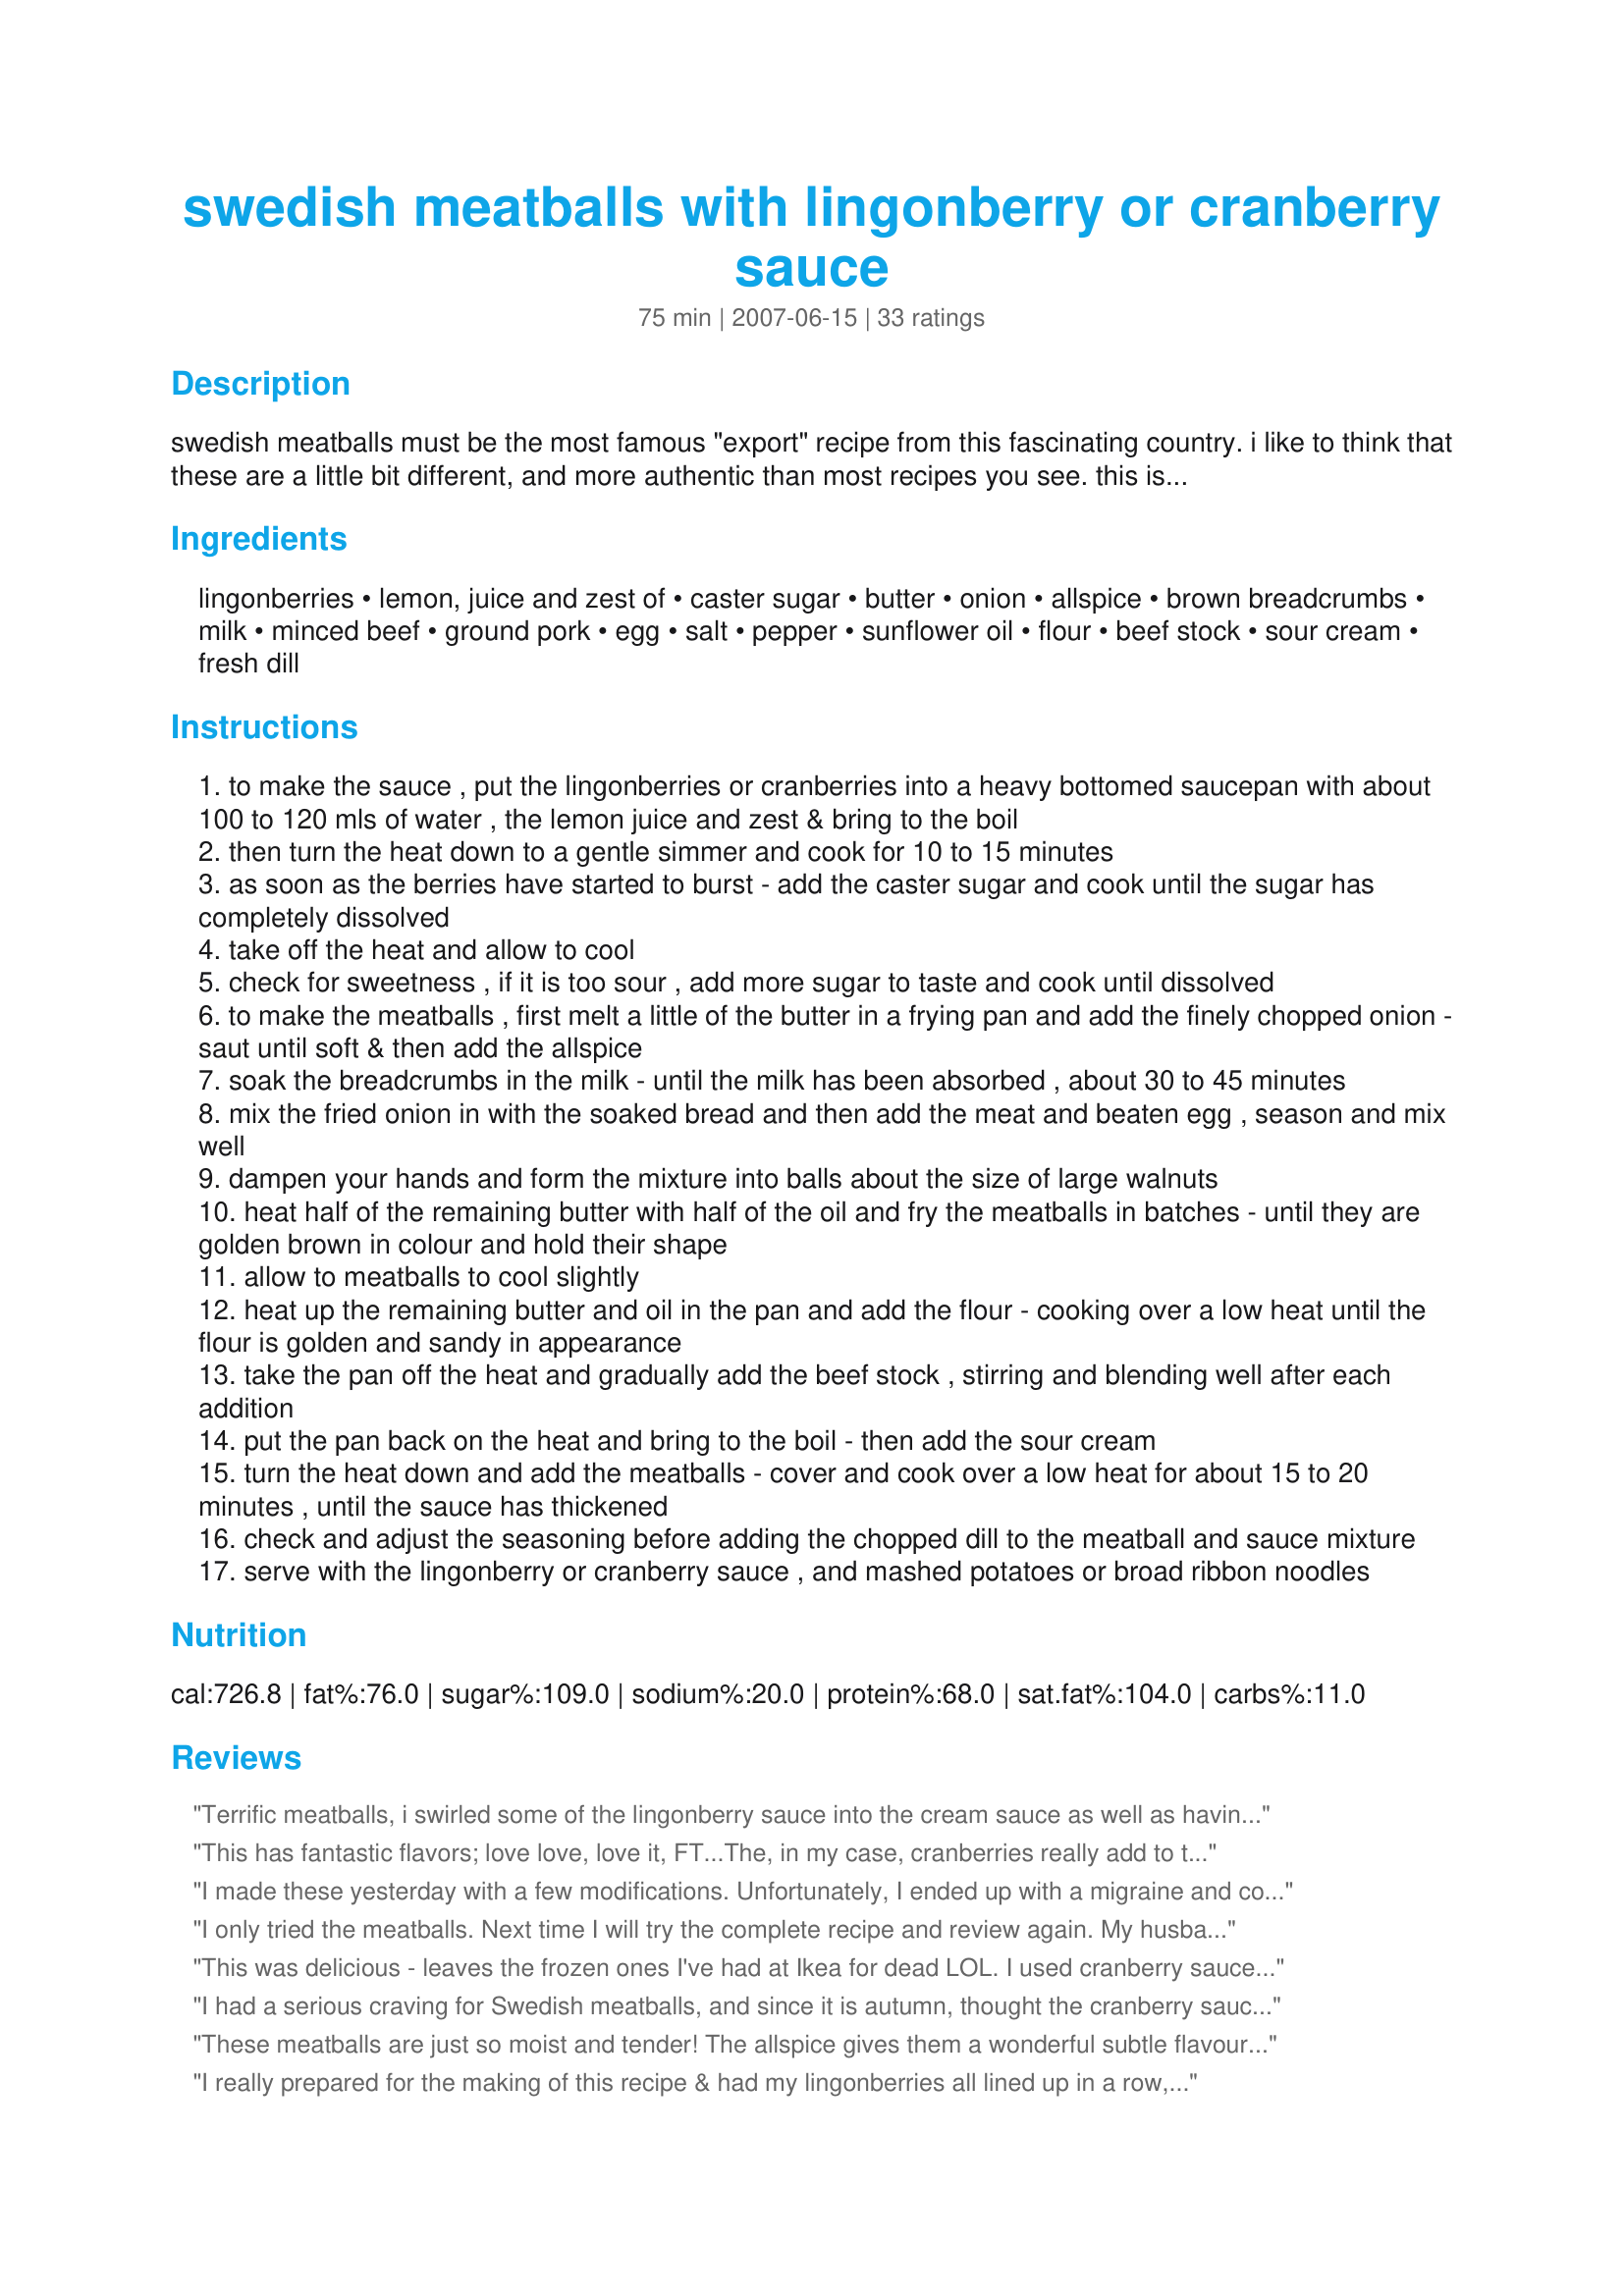
swedish meatballs with lingonberry or cranberry sauce
Preparation time: 75 minutes

swedish meatballs must be the most famous "export" recipe from this fascinating country. i like to think that these are a little bit different, and more authentic than most recipes you see. this is real swedish home cooking at its best - and if you can manage to get hold of lingonberries, you will notice a wonderful & very subtle difference; however, cranberries will do just as well. these meatballs are perfect served with piles of mashed potatoes or broad ribbon pasta.

Ingredients:
lingonberries, lemon, juice and zest of, caster sugar, butter, onion, allspice, brown breadcrumbs, milk, minced beef, ground pork, egg, salt, pepper, sunflower oil, flour, beef stock, sour cream, fresh dill

Steps:
to make the sauce , put the lingonberries or cranberries into a heavy bottomed saucepan with about 100 to 120 mls of water , the lemon juice and zest & bring to the boil
then turn the heat down to a gentle simmer and cook for 10 to 15 minutes
as soon as the berries have started to burst - add the caster sugar and cook until the sugar has completely dissolved
take off the heat and allow to cool
check for sweetness , if it is too sour , add more sugar to taste and cook until dissolved
to make the meatballs , first melt a little of the butter in a frying pan and add the finely chopped onion - saut until soft & then add the allspice
soak the breadcrumbs in the milk - until the milk has been absorbed , about 30 to 45 minutes
mix the fried onion in with the soaked bread and then add the meat and beaten egg , season and mix well
dampen your hands and form the mixture into balls about the size of large walnuts
heat half of the remaining butter with half of the oil and fry the meatballs in batches - until they are golden brown in colour and hold their shape
allow to meatballs to cool slightly
heat up the remaining butter and oil in the pan and add the flour - cooking over a low heat until the flour is golden and sandy in appearance
take the pan off the heat and gradually add the beef stock , stirring and blending well after each addition
put the pan back on the heat and bring to the boil - then add the sour cream
turn the heat down and add the meatballs - cover and cook over a low heat for about 15 to 20 minutes , until the sauce has thickened
check and adjust the seasoning before adding the chopped dill to the meatball and sauce mixture
serve with the lingonberry or cranberry sauce , and mashed potatoes or broad ribbon noodles

Reviews:
Terrific meatballs, i swirled some of the lingonberry sauce into the cream sauce as well as having it on the side. The meatballs were soo tender~
This has fantastic flavors; love love, love it, FT...The, in my case, cranberries really add to the dish. Excellent recipe!! Made for ZWT3.
I made these yesterday with a few modifications. Unfortunately, I ended up with a migraine and couldn't enjoy them but everyone else assures me they were marvelous! The best meatballs ever! I needed to cook them earlier than we were going to eat, so I fried them over high heat to sear the outside, made the sauce, and then dumped the half-cooked meatballs and sauce into the crockpot. I set them on high for about 2 hours, then switched them to warm. They sat about another 30-45 minutes. Supposedly they came out perfect.
I only tried the meatballs. Next time I will try the complete recipe and review again. My husband and I think they are better than the ones we had IKEA. Thank you for the recipe.
This was delicious - leaves the frozen ones I've had at Ikea for dead LOL. I used cranberry sauce I had in the fridge instead of making my own and added about a tsp to the sauce while it was finishing off as I found it a little bland. Just me eating tonight so I froze the extra cooked meatballs for another night instead of adding them back into the sauce. Made for ZWT3.
I had a serious craving for Swedish meatballs, and since it is autumn, thought the cranberry sauce would be a perfect side. Wow, this was good. Even better as leftovers. The meatballs barely held together during the cooking process but oh so tender and tasty. Better over pasta than mashed potatoes, to get some more texture variety - I tried both. Thanks - this hit the spot!
These meatballs are just so moist and tender! The allspice gives them a wonderful subtle flavour that is so comforting. I doubled the sauce (gravy) so we would have lots for the leftover noodles. I did have to sub the ground pork with ground turkey....as both of our supermarkets in our wee town didn't have any pork. DH hummed through his dinner and wants me to make it again. Thank you for sharing Karen!
I really prepared for the making of this recipe & had my lingonberries all lined up in a row, so to speak! Anyway, they did make for a great tasting sauce, & one that I'd like to use with other things as well! We absolutely loved the fruits of this recipe, even if I did cut it in half ~ The meatballs were wonderful, & the sauce couldn't have been better! I now have this recipe all lined up to make again soon when we have some scheduled company coming for dinner! Thanks for sharing this great keeper! [Made & reviewed while touring Scandinavia with ZWT6]
These are some of the most tender, moist, flavorful meatballs I have ever tasted! I followed the recipe pretty closely, I did cut the amount of allspice in half as I was afraid it would be a little too much for my kids. I baked the meatballs on a preheated baking sheet and they cooked beautifully :) My kids, and my super picky nephews loved them. I will add this recipe to my collection, which says a lot.
Underbar! Wonderful in every respect! Canâ€™t wait to share this with guests. Thanks FT for posting a keeper. Made for Unrulies Under the Influence during ZWT6.
This dish is awesome! I cheated and just used a can of whole berry cranberry sauce but it was still delicious. I will most definitely be making these again and again. Thanks for posting!
No wonder this dish has so many 5-star reviews! These meatballs are so moist! And the lingonberries add just enough sweetness without being overpowering. So glad I made these for KcK's Forum Tag Game. Thnx, Tartie!
This was absolutely delicious, and a huge improvement in flavor over the "unauthentic" Swedish meatballs I've made in the past. I liked your tips such as cooking the roux until it looked sandy, soaking the bread in milk, etc. I couldn't find any lingonberries, so I used cranberries instead and I made creme fraiche, since we didn't have any in our market, by heating cream and buttermilk, and letting it sit on the counter for a day so it could thicken up as the cultures developed. The dill added a wonderful flavor to the sauce as well. I'm looking forward to serving this to my family so they can taste and enjoy real Swedish meatballs!
These were excellent meatballs! Loved the sauce too but next time I would scale back a bit on the allspice - just a personal preference thing. :)&lt;br/&gt;I made the full recipe for 2 of us and I&#039;m really happy to have these in the freezer for a quick and very, very, tasty meal. Thanks!
I am so happy to have a Swedish Meatball recipe that tastes really authentic. I had a bit of a problem converting from metric, but my husband took care of that for me. I am part Scandinavian, and my dad was very impressed by them. I had to run to Ikea to get the ligonberry preserves, as these are not a readily available item here. I shall make these a staple item when I have a get-together, and want to impress guests with something different than Teriyaki meatballs, and cocktail franks! Thanks so much for posting a truly wonderful recipe.
Very authentic recipe! I have to say, I loved the lingonberry addition (as you can tell from my photo)! It added a kind of sweet/tart flavor. This was great served over noodles. Thanks so much! ~Made for ZWT6~
*This is truly wonderful* & I had so much fun making it. The sauces star here & shine brightly. No lingonberries (sigh), so I used cranberries but a diff variety than suggested. I used the dried variety, plumped them in H20 & used the liquid, lemon juice & zest + sugar. This made a lovely sweet sauce w/a chunky preserve texture that was great w/the meatballs. The meatballs stayed perfectly formed during cooking & their own sauce was great w/the use of the dill, but the 2 sauces together were a taste sensation! I served this w/garlic butter parslied potatoes & we loved it! Thx for sharing your recipe. :-)
Excellent! I used only 1 tsp of allspice because 2 sounded like a lot. Next time I will try 2 tsp. I also finished mine in the crock pot, just like a previous review (strawberrybird). The meatballs were very tender! Will definitely make again
You can buy ready-made Lingonberry jam at IKEA if you are unable to find lingonberries.
I bought a bottle of lingonberry jam from IKEA and looked forward to trying it in various Scandinavian-inspired recipes. This was a great one to start with! The meatballs were delightfully spiced and very tender. I took the jam and thinned it with a little water and did add the lemon juice and zest. This was so good - I'll be making them again soon. Thanks!
These were soooo delicious!!! The meat was so tender!!! I actually stirred in the sauce in with the cream sauce. MMMMMM!!! Made for ZWT6 and the Looney Spoon Phoodies!
We just tried this tonight and I don't think I need to look any further for a swedish meatball recipe...this was very, very tasty. I loved the flavors of the dill, allspice and brown bread (I used rye). I may cut back a bit on the oil or butter next time and I did need to simmer the meatballs for longer than indicated.
Never made Swedish meatballs before, they were juicy and creamy. Drove all the way over to IKEA and bought frozen lingonberries - the combination is just so good. Made for ZWT 6.
Recipe #234833I cheated! I used Recipe #234833 for the meatballs which is very similar to these but I added some sour cream and fresh dill to the sauce. I found lingonberries jam in my supermarket which kicked these up really lovely!
I tried swedish meatballs at Ikea and loved them. The recipe is a little too time consuming for me as a busy mum with two little ones, so I did cut corners by using jarred cranberry sauce, which I like (sorry!). I made a few mistakes, I probably made the meatballs too big, and I stupidly forgot to season the meat mixture, but I will remember this for next time. As a result mine were a bit bland, but that is my fault and not the recipe's. If I try it again and they turn out better, I will change my rating to 5 stars.
10 Stars!!! Wonderful dish and added bonus I FINIALLY found a fruit that DH really likes: Lingonberries! We were in Stockholm a week ago and had Swedish meatballs in a restaurant, this recipe is similar, but still different somehow. That said these were yummy and DH *really* approved, especially with the lingonberries which he piled onto his plate! (we bought 6 jars back with us!!)Amazingly this miracle means that he is now willing ( well, forced LOL) to make a visit the shop he hates most on the planet: IKEA, only becuase they are only place where we can obtain Lingonberries here in the Netherlands. (I laughed until I cried over that one!!!) Allspice is essential in the dish as is the dill (I had to use dried) and while I was sceptical that the dill would fit into these flavours it really did and is also essentual. We served this with mashed potatoes and peas and of course Lingonberries !!! Please see my Rating system: 5 mega excellent stars for a brilliant recipe. Thanks!
Absolutely delicious! I made this exactly as listing, choosing lingonberries (I found them at a European grocery store!) and white pepper to keep with the Swedish theme! This dish is very good and I wouldn't change a thing! Made for ZWT6. Thanks French Tart! :)
This recipe was phenomenal. Meatballs were melt-in-your-mouth good!

I totally spaced on adding dill to the sauce, but it was still great without it. :) And lingenberries are TOUGH to find in these parts-- I couldn't even find them at IKEA! So I had to "settle" for cranberries.
This was so good! The cranberries bring an awesome flavor to the meatballs! Thanks!
Awesome recipe!! I only made a few changes to suit our taste buds. I added garlic to the onions when they were cooking. And doubled/tripled the flour and beef stock to have more sauce. The first time i ran out of sauce...we are definatley a "saucy" family. The meatballs are by far THE BEST meatballs i've ever eaten and they are truly moist and delicious. I even added some fat free 1/2 and 1/2 to the mixture to make sure they weren't dry!! Awesome!!!
Really nice recipe without any additions. Just an FYI... I thought I'd cook up three batches and freeze some. I made the mistake of trying to fry several batches of meatballs in a row. The pan in which I was frying them got coated with too much burnt material, so when I tried to make the roux, I had all these little black bits (not pretty). I cooked the rest at a lower temperature one batch at a time and made the roux in single-recipe batches... very nice. Thanks!
oh la la! I just made these (opting out allspice altogether as i strongly dislike it) and just left it with salt and pepper.....well, they are finger licking delicious! My husband is super picky when it comes to food and i literally have to cross my fingers every time i try a new recipe....This one was such a hit he asked me not to throw away the left overs and leave it for dinner for tomorrow:) It DOES take time to make this dish - and at 9 months pregnant i&#039;d prefer a 2 min preparation time :) but it was all very worth it!
Delish, I think the dill works very well in the sauce. I must confess I cheated and used canned cranberry sauce (that and we love it) to attempt to keep this manageable for after work, Made the meatballs the night before. Thank you for posting.
Made for ZWT 6.
